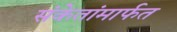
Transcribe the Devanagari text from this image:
संकेतांमार्फत